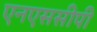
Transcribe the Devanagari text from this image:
एनएससीपी